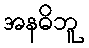
အနဓိဘူ